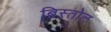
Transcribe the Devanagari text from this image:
ब्रिस्तोल